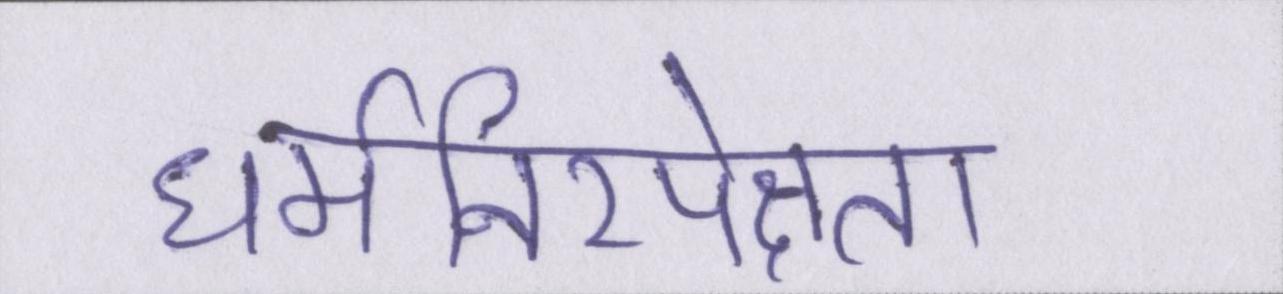
धर्मनिरपेक्षता